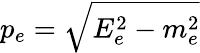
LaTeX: p_{e}=\sqrt{E_{e}^{2}-m_{e}^{2}}